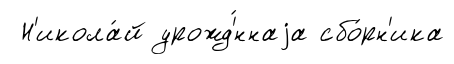
Н'икола́й урожд'́ннаjа сбо́рн'ика